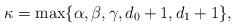
LaTeX: \begin{align*}\kappa = \max\{\alpha, \beta, \gamma, d_0+1, d_1+1\},\end{align*}